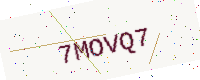
Text: 7MOVQ7